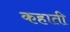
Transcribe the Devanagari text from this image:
कहाती